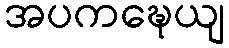
အပကဍ္ဎေယျ